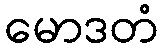
မောဒတံ